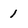
Character: 1